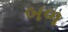
બળ